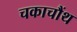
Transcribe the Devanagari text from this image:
चकाचौंथ